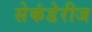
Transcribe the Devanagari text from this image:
सेकंडेरीज